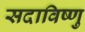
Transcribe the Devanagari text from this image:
सदाविष्णु